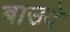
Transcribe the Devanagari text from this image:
बाउदे